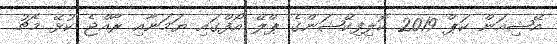
އޭޝިއަން ކަޕް 2019 ކޮލިފިކޭޝަންގެ ޕްލޭ އޯފްގައި ޔަމަނާއި ރާއްޖެ ކުޅޭ މެޗު